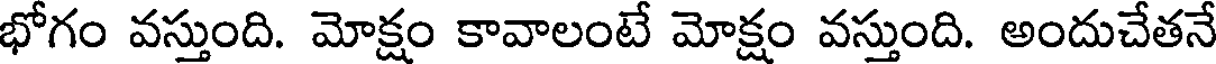
భోగం వస్తుంది. మోక్షం కావాలంటే మోక్షం వస్తుంది. అందుచేతనే